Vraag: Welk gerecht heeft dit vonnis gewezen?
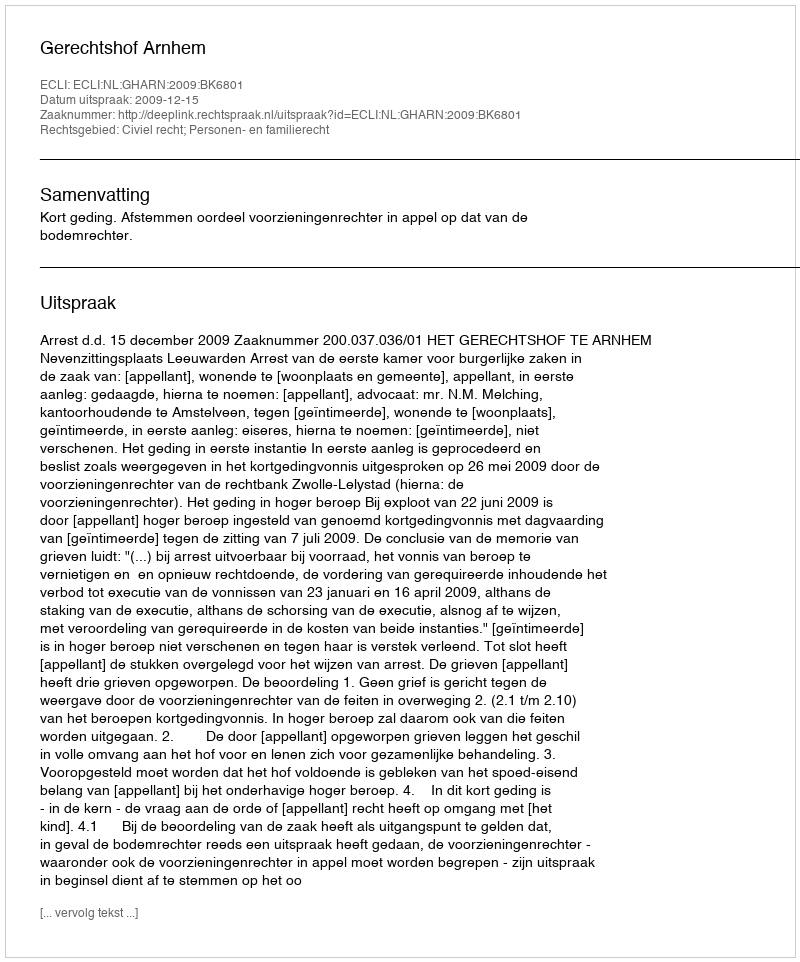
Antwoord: Gerechtshof Arnhem